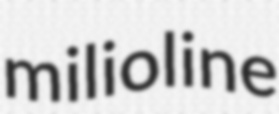
milioline